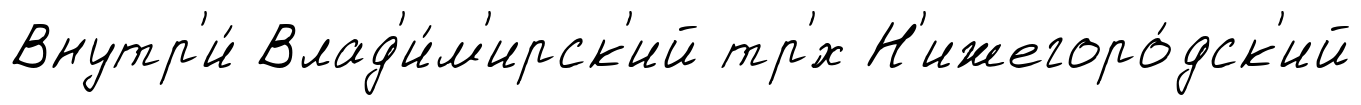
Внутр'и́ Влад'и́м'ирск'ий тр'́х Н'ижегоро́дск'ий